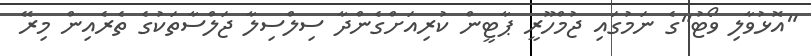
"އޮޅުވާލި ވޯޓު"ގެ ނަމުގައި ޖުމްހޫރީ ޕާޓީން ކުރިއަށްގެންދާ ސިލްސިލާ ޖަލްސާތަކުގެ ތެރެއިން މިރޭ